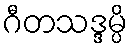
ဂီတသဒ္ဒမ္ပိ